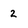
Character: 2